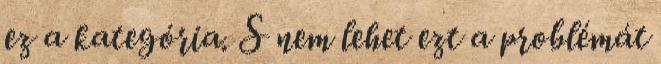
ez a kategória. S nem lehet ezt a problémát